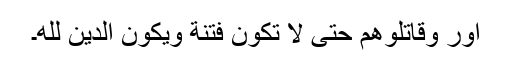
اور وَقَاتِلُوهُمْ حَتَّىٰ لَا تَكُونَ فِتْنَةٌ وَيَكُونَ الدِّينُ لِلَّهِ۔